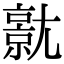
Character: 𡰗